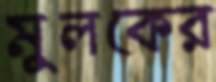
মুলকের